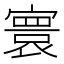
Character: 寰